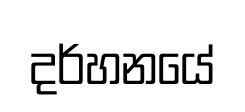
දර්හනයේ